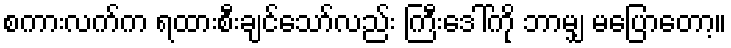
စကားလက်က ရထားစီးချင်သော်လည်း ကြီးဒေါ်ကို ဘာမျှ မပြောတော့။